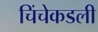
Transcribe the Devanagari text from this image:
चिंचेकडली